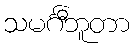
သမင်္ဂီဘူတာ